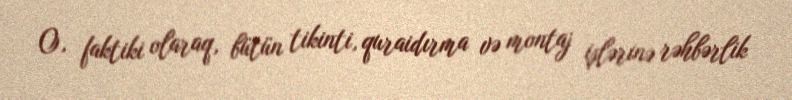
O, faktiki olaraq, bütün tikinti, quraidırma və montaj işlərinə rəhbərlik